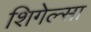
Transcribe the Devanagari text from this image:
शिगेल्सा